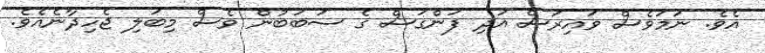
އެވެ. ނަމަވެސް ވައިރަސް އަދި ފަންގަސް ގެ ސަބަބުން ވެސް މިބަލި ޖެހިދާނެއެވެ.